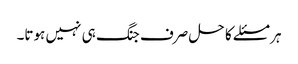
ہر مسئلے کا حل صرف جنگ ہی نہیں ہوتا۔